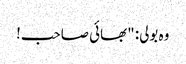
وہ بولی: "بھائی صاحب!